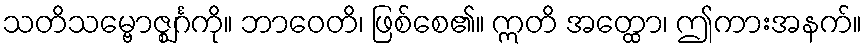
သတိသမ္ဗောဇ္ဈင်္ဂကို။ ဘာဝေတိ၊ ဖြစ်စေ၏။ ဣတိ အတ္ထော၊ ဤကားအနက်။